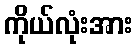
ကိုယ်လုံးအား